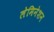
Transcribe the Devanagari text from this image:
लेमिनेशन